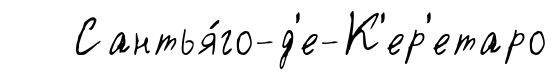
Сантья́го-д'е-К'ер'етаро